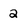
Character: 2